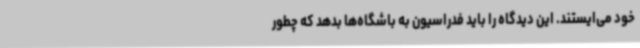
خود می‌ایستند. این دیدگاه را باید فدراسیون به باشگاه‌ها بدهد که چطور